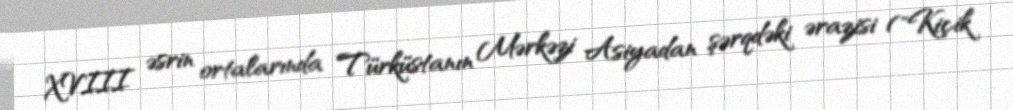
XVIII əsrin ortalarında Türküstanın Mərkəzi Asiyadan şərqdəki ərazisi ("Kiçik